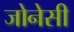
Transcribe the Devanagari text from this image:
जोनेसी